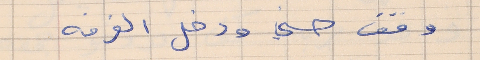
وقف حسني ودخل الغرفه